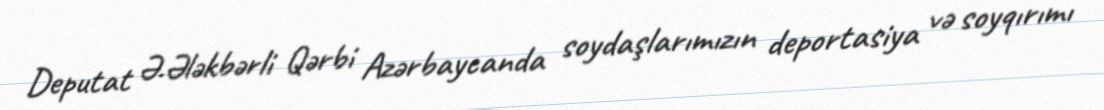
Deputat Ə.Ələkbərli Qərbi Azərbaycanda soydaşlarımızın deportasiya və soyqırımı